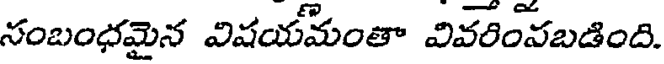
సంబంధమైన విషయమంతా వివరింపబడింది.